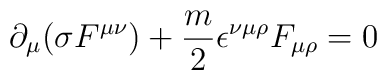
\partial_{\mu } (\sigma  F^{\mu \nu }) +\frac{m}{2} \epsilon^{\nu \mu \rho}F_{\mu \rho}=0